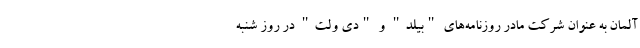
آلمان به عنوان شرکت مادر روزنامه‌های "بیلد" و "دی ولت" در روز شنبه